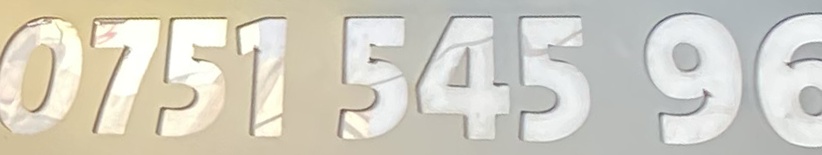
0751 545 96